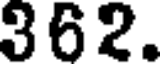
362.